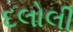
દલોલી